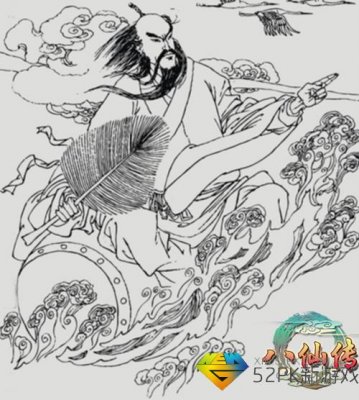
平生端有活国计，百不一试薶九京。